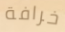
خرافة